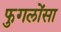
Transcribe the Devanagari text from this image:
फुगलोंसा